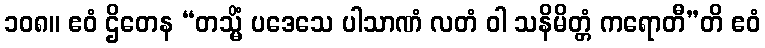
၁၀၈။ ဧဝံ ဌိတေန “တသ္မိံ ပဒေသေ ပါသာဏံ လတံ ဝါ သနိမိတ္တံ ကရောတီ”တိ ဧဝံ